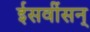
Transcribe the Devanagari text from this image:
ईसवींसन्